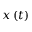
x \left( t \right)